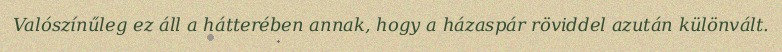
Valószínűleg ez áll a hátterében annak, hogy a házaspár röviddel azután különvált.